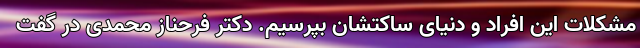
مشکلات این افراد و دنیایِ ساکتشان بپرسیم. دکتر فرحناز محمدی در گفت